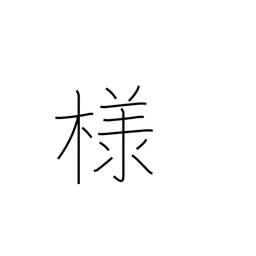
Meaning: polite suffix